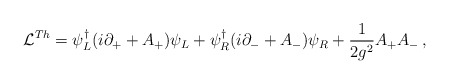
\begin{align*}{\cal L}^{Th}= \psi^{\dagger}_L (i\partial_+ +A_+)\psi_L +\psi^{\dagger}_R (i\partial_- +A_-)\psi_R + {1\over 2g^2} A_+ A_-\,,\end{align*}